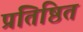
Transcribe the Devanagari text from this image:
प्रतिष्ठित